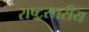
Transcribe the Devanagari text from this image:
राष्ट्रस्तरीय